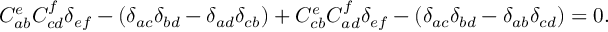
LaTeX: C _ { a b } ^ { e } C _ { c d } ^ { f } \delta _ { e f } - ( \delta _ { a c } \delta _ { b d } - \delta _ { a d } \delta _ { c b } ) + C _ { c b } ^ { e } C _ { a d } ^ { f } \delta _ { e f } - ( \delta _ { a c } \delta _ { b d } - \delta _ { a b } \delta _ { c d } ) = 0 .